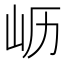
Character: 𫵷